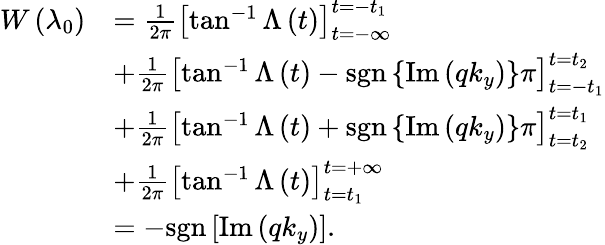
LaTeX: \begin{array}{rl}{W\left(\lambda_{0}\right)}&{=\frac{1}{2\pi}\left[\tan^{-1}\Lambda\left(t\right)\right]_{t=-\infty}^{t=-t_{1}}}\\ &{+\frac{1}{2\pi}\left[\tan^{-1}\Lambda\left(t\right)-\mathrm{sgn}\left\{ \mathrm{Im}\left(qk_{y}\right)\right\} \pi\right]_{t=-t_{1}}^{t=t_{2}}}\\ &{+\frac{1}{2\pi}\left[\tan^{-1}\Lambda\left(t\right)+\mathrm{sgn}\left\{ \mathrm{Im}\left(qk_{y}\right)\right\} \pi\right]_{t=t_{2}}^{t=t_{1}}}\\ &{+\frac{1}{2\pi}\left[\tan^{-1}\Lambda\left(t\right)\right]_{t=t_{1}}^{t=+\infty}}\\ &{=-\mathrm{sgn}\left[\mathrm{Im}\left(qk_{y}\right)\right].}\end{array}